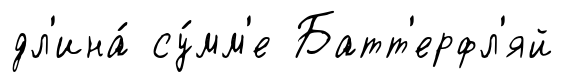
дл'ина́ су́мм'е Батт'ерфл'яй